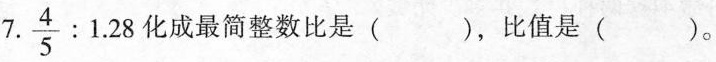
7. $$\frac{4}{5}:1.28$$ 化成最简整数比是（），比值是（）。